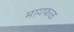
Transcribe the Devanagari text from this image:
मायफळ